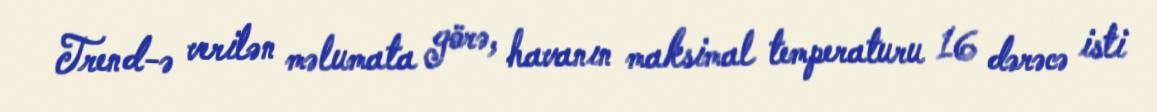
Trend-ə verilən məlumata görə, havanın maksimal temperaturu 16 dərəcə isti